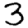
Digit: 3